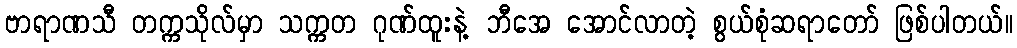
ဗာရာဏသီ တက္ကသိုလ်မှာ သက္ကတ ဂုဏ်ထူးနဲ့ ဘီအေ အောင်လာတဲ့ စွယ်စုံဆရာတော် ဖြစ်ပါတယ်။